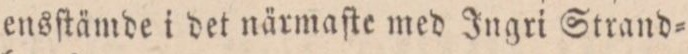
ensſtämde i det närmaſte med Ingri Strand=